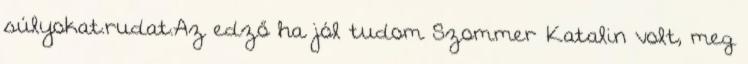
súlyokat.rudat.Az edző ha jól tudom Szommer Katalin volt, meg